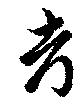
考